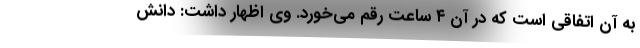
به آن اتفاقی است که در آن ۴ ساعت رقم می‌خورد. وی اظهار داشت: دانش